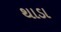
થાડા